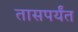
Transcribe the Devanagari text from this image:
तासपर्यंत